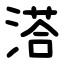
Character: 溚